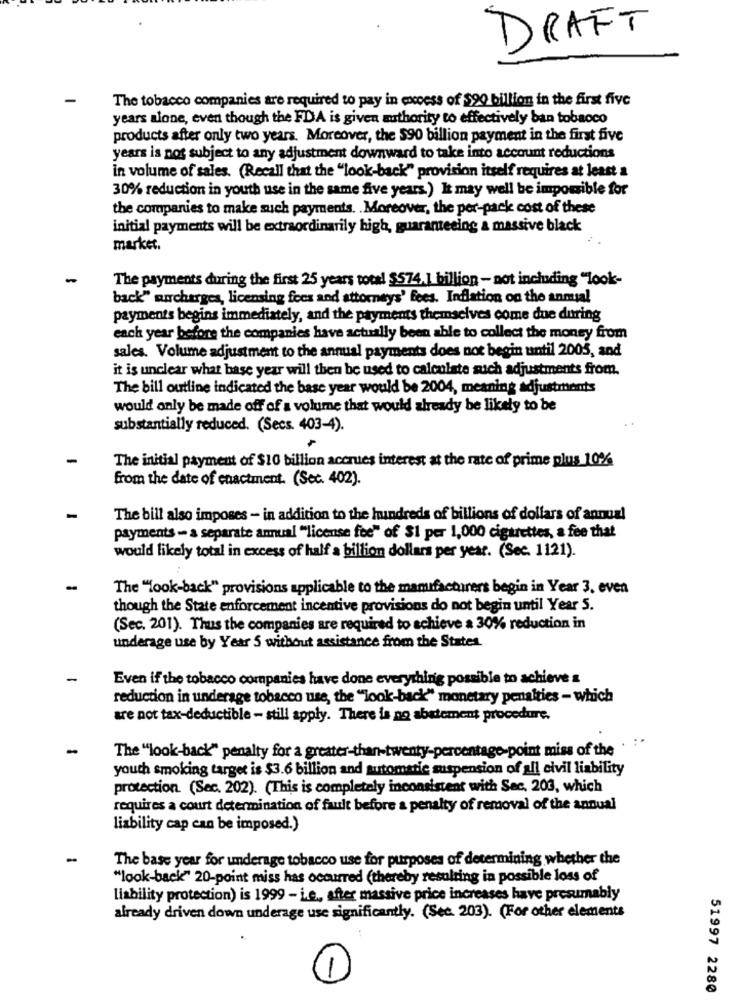
DRAFT
The tobacco companies are required to pay in excess of $90 billion in the first five
years alone, even though the FDA is given authority to effectively ban tobacco
products after only two years. Moreover, the $90 billion payment in the first five
years is not subject to any adjustment downward to take into account reductions
in volume of sales. (Recall that the "look-back" provision itself requires at least a
30% reduction in youth use in the same five years.) It may well be impossible for
the companies to make such payments. . Moreover, the per-pack cost of these
initial payments will be extraordinarily high, guaranteeing & massive black
market.
The payments during the first 25 years total $574.1 billion - not including "look-
back" surcharges, licensing fees and attorneys' fees. Inflation on the annual
payments begins immediately, and the payments themselves come due during
each year before the companies have actually been able to collect the money from
sales. Volume adjustment to the annual payments does not begin until 2005, and
it is unclear what base year will then be used to calculate auch adjustments from.
The bill outline indicated the base year would be 2004, meaning adjustments
would only be made off of a volume that would already be likely to be
substantially reduced. (Secs. 403-4).
The initial payment of $10 billion accrues interest at the rate of prime plus 10%
from the date of enactment. (Sec. 402).
The bill also imposes - in addition to the hundreds of billions of dollars of annual
payments - a separate annual "license fee" of $1 per 1,000 cigarettes, a fee that
would likely total in excess of half a billion dollars per year. (See. 1121).
The ""look-back" provisions applicable to the manufacturers begin in Year 3. even
though the State enforcement incentive provisions do not begin until Year S.
(Sec. 201). Thus the companies are required to achieve a 30% reduction in
underage use by Year 5 without assistance from the States.
Even if the tobacco companies have done everything possible to achieve a
reduction in underage tobacco use, the ""look-back" monetary penalties - which
are not tax-deductible - still apply. There is no abatement procedure,
-
The "look-back" penalty for a greater-than-twenty-percentage-point miss of the
youth smoking target is $3.6 billion and automatic suspension of all civil liability
protection. (Sec. 202). (This is completely inconsistent with Sec, 203, which
requires a court determination of fault before a penalty of removal of the annual
liability cap can be imposed.)
The base year for underage tobacco use for purposes of determining whether the
"look-back" 20-point miss has occurred (thereby resulting in possible loss of
liability protection) is 1999 - i.e ., after massive price increases have presumably
already driven down underage use significantly. (Sec. 203). (For other elements
1
51997 2280